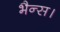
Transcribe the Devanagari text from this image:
भैन्स।